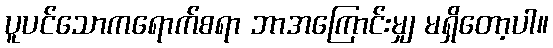
ပူပင်သောကရောက်စရာ ဘာအကြောင်းမျှ မရှိတော့ပါ။